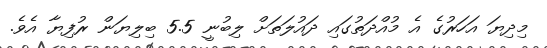
މިދިޔަ އަހަރުގެ އެ މުއްދަތުގައި ދައުލަތަށް ލިބުނީ 5.5 ބިލިޔަން ރުފިޔާ އެވެ.